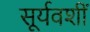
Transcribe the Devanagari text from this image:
सूर्यवशीं